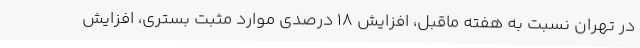
در تهران نسبت به هفته ماقبل، افزایش ۱۸ درصدی موارد مثبت بستری، افزایش